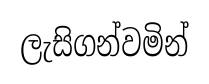
ලැසිගන්වමින්